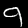
Digit: 9